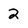
Character: 2